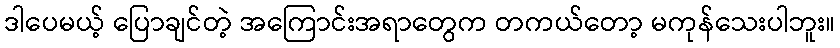
ဒါပေမယ့် ပြောချင်တဲ့ အကြောင်းအရာတွေက တကယ်တော့ မကုန်သေးပါဘူး။